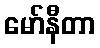
မော်နီတာ